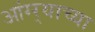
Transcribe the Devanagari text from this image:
आंग्र्‍याच्या